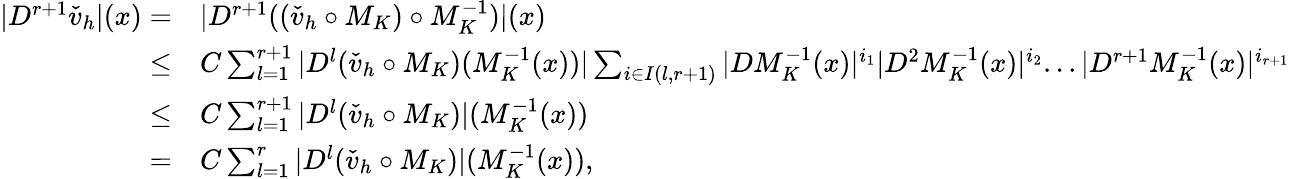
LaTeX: \begin{array}{rl}{|D^{r+1}\check{v}_{h}|(x)=}&{|D^{r+1}((\check{v}_{h}\circ M_{K})\circ M_{K}^{-1})|(x)}\\ {\leq}&{C\sum_{l=1}^{r+1}|D^{l}(\check{v}_{h}\circ M_{K})(M_{K}^{-1}(x))|\sum_{i\in I(l,r+1)}|DM_{K}^{-1}(x)|^{i_{1}}|D^{2}M_{K}^{-1}(x)|^{i_{2}}...|D^{r+1}M_{K}^{-1}(x)|^{i_{r+1}}}\\ {\leq}&{C\sum_{l=1}^{r+1}|D^{l}(\check{v}_{h}\circ M_{K})|(M_{K}^{-1}(x))}\\ {=}&{C\sum_{l=1}^{r}|D^{l}(\check{v}_{h}\circ M_{K})|(M_{K}^{-1}(x)),}\end{array}